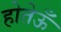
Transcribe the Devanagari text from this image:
होतेऊँ